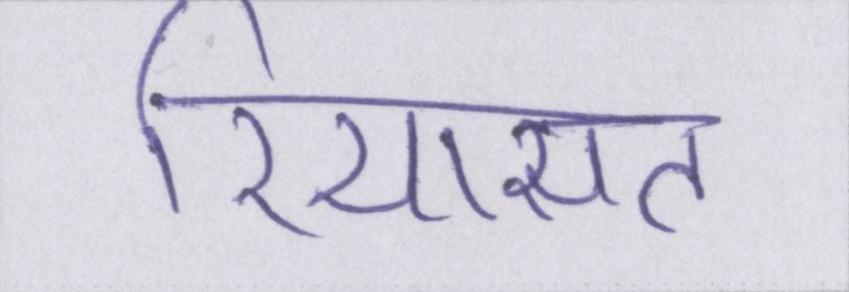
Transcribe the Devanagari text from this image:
रियासत